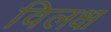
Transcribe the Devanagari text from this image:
विलक्ष